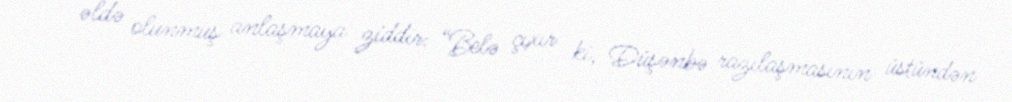
əldə olunmuş anlaşmaya ziddir: “Belə çıxır ki, Düşənbə razılaşmasının üstündən